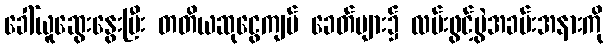
ခေါ်ယူဆွေးနွေးပြီး တတိယဆုငွေကျပ် ခေတ်များ၌ လမ်းဖွင့်ပွဲအခမ်းအနားကို